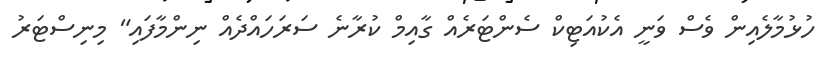
ހުޅުމާލެއިން ވެސް ވަނީ އެކުއަޓިކް ސެންޓަރެއް ގާއިމް ކުރާނެ ސަރަހައްދެއް ނިންމާފައި" މިނިސްޓަރު